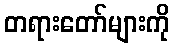
တရားတော်များကို